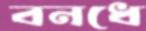
বনধে